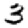
Digit: 3